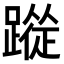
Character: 𮜉